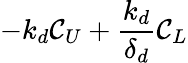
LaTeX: -k_{d}\mathcal{C}_{U}+\frac{{k_{d}}}{{\delta_{d}}}\mathcal{C}_{L}